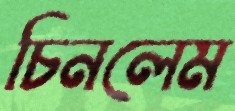
চিনলেম